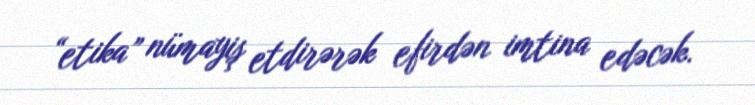
“etika” nümayiş etdirərək efirdən imtina edəcək.